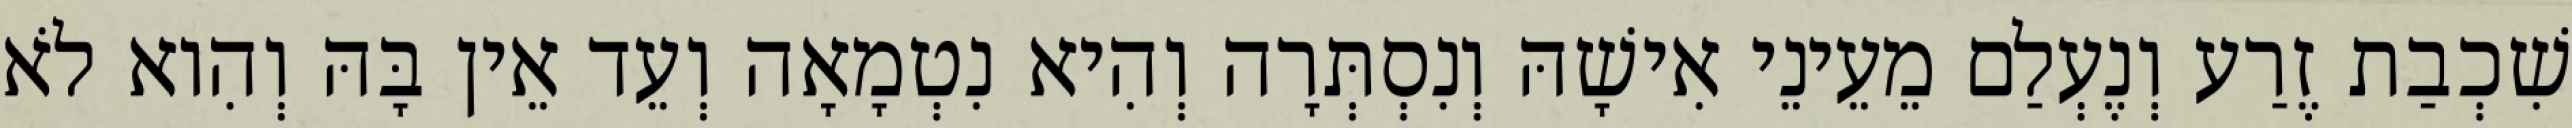
שִׁכְבַת זֶרַע וְנֶעְלַם מֵעֵינֵי אִישָׁהּ וְנִסְתְּרָה וְהִיא נִטְמָאָה וְעֵד אֵין בָּהּ וְהִוא לֹא